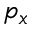
p _ { x }